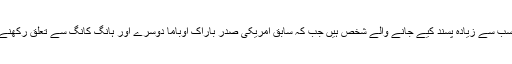
عالمی انڈیکس رپورٹ کے مطابق مائیکرو سافٹ کے بانی بل گیٹس دنیا کے سب سے زیادہ پسند کیے جانے والے شخص ہیں جب کہ سابق امریکی صدر باراک اوباما دوسرے اور ہانگ کانگ سے تعلق رکھنے والے معروف ہالی ووڈ اداکار جیکی چن اس فہرست میں تیسرے نمبر پر ہیں۔